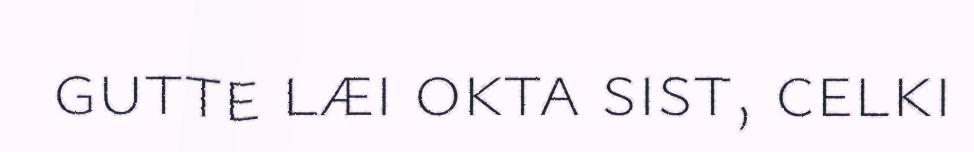
gutte læi okta sist, celki